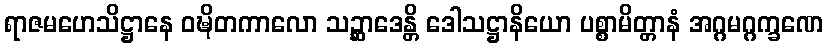
ရာဇမဟေသိဋ္ဌာနေ ဝဍ္ဎိတကာလော သဉ္ဆာဒေန္တိ ဒေါသဋ္ဌာနိယော ပစ္စာမိတ္တာနံ အဂ္ဂမဂ္ဂက္ခဏေ